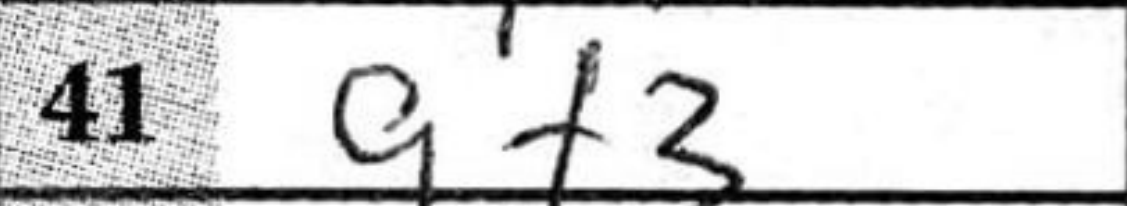
Transcription: gf3